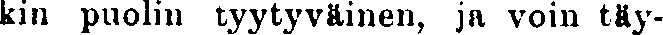
kin puolin tyytyväinen, ja voin täy-